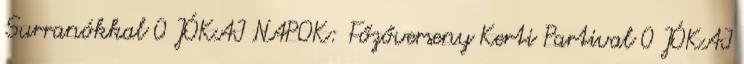
Surranókkal 0 JÓKAI NAPOK: Főzőverseny Kerti Partival 0 JÓKAI